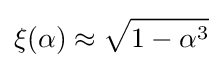
\xi (\alpha )\approx {\sqrt {1-\alpha ^{3}}}